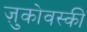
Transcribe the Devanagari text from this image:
ज़ुकोवस्की